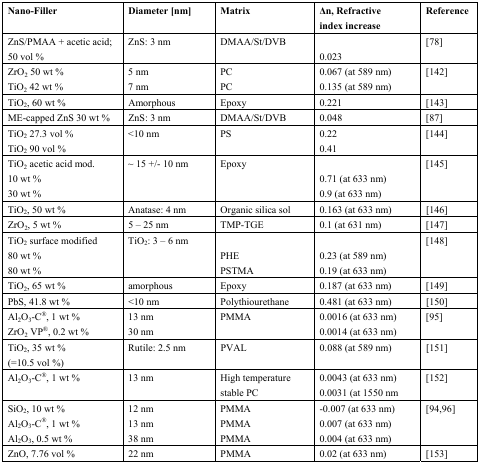
<table><thead><tr><td><b>Nano-Filler</b></td><td><b>Diameter [nm]</b></td><td><b>Matrix</b></td><td><b>Δn, Refractive index increase</b></td><td><b>Reference</b></td></tr></thead><tbody><tr><td>ZnS/PMAA + acetic acid; 50 vol %</td><td>ZnS: 3 nm</td><td>DMAA/St/DVB</td><td>0.023</td><td>[78]</td></tr><tr><td>ZrO<sub>2</sub> 50 wt %TiO<sub>2</sub> 42 wt %</td><td>5 nm7 nm</td><td>PCPC</td><td>0.067 (at 589 nm)0.135 (at 589 nm)</td><td>[142]</td></tr><tr><td>TiO<sub>2</sub>, 60 wt %</td><td>Amorphous</td><td>Epoxy</td><td>0.221</td><td>[143]</td></tr><tr><td>ME-capped ZnS 30 wt %</td><td>ZnS: 3 nm</td><td>DMAA/St/DVB</td><td>0.048</td><td>[87]</td></tr><tr><td>TiO<sub>2</sub> 27.3 vol %TiO<sub>2</sub> 90 vol %</td><td>&lt;10 nm</td><td>PS</td><td>0.220.41</td><td>[144]</td></tr><tr><td>TiO<sub>2</sub> acetic acid mod.10 wt %30 wt %</td><td>~ 15 +/- 10 nm</td><td>Epoxy</td><td>0.71 (at 633 nm)0.9 (at 633 nm)</td><td>[145]</td></tr><tr><td>TiO<sub>2</sub>, 50 wt %</td><td>Anatase: 4 nm</td><td>Organic silica sol</td><td>0.163 (at 633 nm)</td><td>[146]</td></tr><tr><td>ZrO<sub>2</sub>, 5 wt %</td><td>5 – 25 nm</td><td>TMP-TGE</td><td>0.1 (at 631 nm)</td><td>[147]</td></tr><tr><td>TiO<sub>2</sub> surface modified80 wt %80 wt %</td><td>TiO<sub>2</sub>: 3 – 6 nm</td><td>PHEPSTMA</td><td>0.23 (at 589 nm)0.19 (at 633 nm)</td><td>[148]</td></tr><tr><td>TiO<sub>2</sub>, 65 wt %</td><td>amorphous</td><td>Epoxy</td><td>0.187 (at 633 nm)</td><td>[149]</td></tr><tr><td>PbS, 41.8 wt %</td><td>&lt;10 nm</td><td>Polythiourethane</td><td>0.481 (at 633 nm)</td><td>[150]</td></tr><tr><td>Al<sub>2</sub>O<sub>3</sub>-C<sup>®</sup>, 1 wt %ZrO<sub>2</sub> VP<sup>®</sup>, 0.2 wt %</td><td>13 nm30 nm</td><td>PMMA</td><td>0.0016 (at 633 nm)0.0014 (at 633 nm)</td><td>[95]</td></tr><tr><td>TiO<sub>2</sub>, 35 wt % (=10.5 vol %)</td><td>Rutile: 2.5 nm</td><td>PVAL</td><td>0.088 (at 589 nm)</td><td>[151]</td></tr><tr><td>Al<sub>2</sub>O<sub>3</sub>-C<sup>®</sup>, 1 wt %</td><td>13 nm</td><td>High temperature stable PC</td><td>0.0043 (at 633 nm)0.0031 (at 1550 nm</td><td>[152]</td></tr><tr><td>SiO<sub>2</sub>, 10 wt %Al<sub>2</sub>O<sub>3</sub>-C<sup>®</sup>, 1 wt %Al<sub>2</sub>O<sub>3</sub>, 0.5 wt %</td><td>12 nm13 nm38 nm</td><td>PMMAPMMAPMMA</td><td>-0.007 (at 633 nm)0.007 (at 633 nm)0.004 (at 633 nm)</td><td>[94,96]</td></tr><tr><td>ZnO, 7.76 vol %</td><td>22 nm</td><td>PMMA</td><td>0.02 (at 633 nm)</td><td>[153]</td></tr></tbody></table>